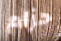
حزام